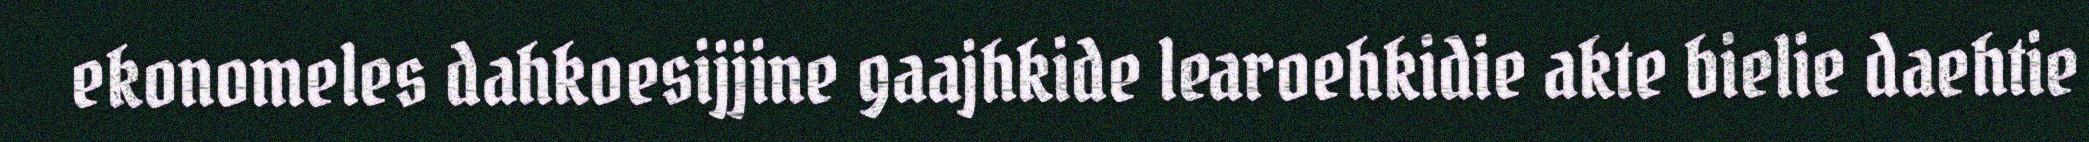
ekonomeles dahkoesijjine gaajhkide learoehkidie akte bielie daehtie